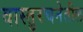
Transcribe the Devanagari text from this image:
वास्तुरचनेतील